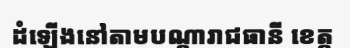
ដំឡើងនៅតាមបណ្តារាជធានី ខេត្ត